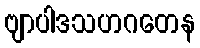
ဗျာပါဒသဟဂတေန